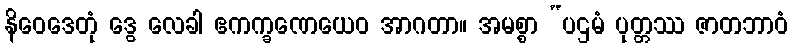
နိဝေဒေတုံ ဒွေ လေခါ ဧကက္ခဏေယေဝ အာဂတာ။ အမစ္စာ “ပဌမံ ပုတ္တဿ ဇာတဘာဝံ